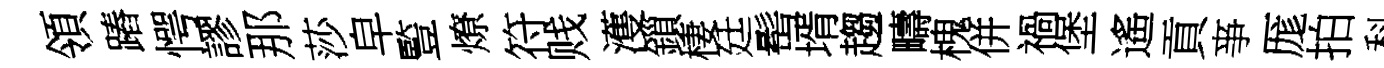
領蹖愕謬那莎皁䜿燎符贱濩鎻棲廷髩壻趨疇槐併禍堡遙貢亊厖拍科